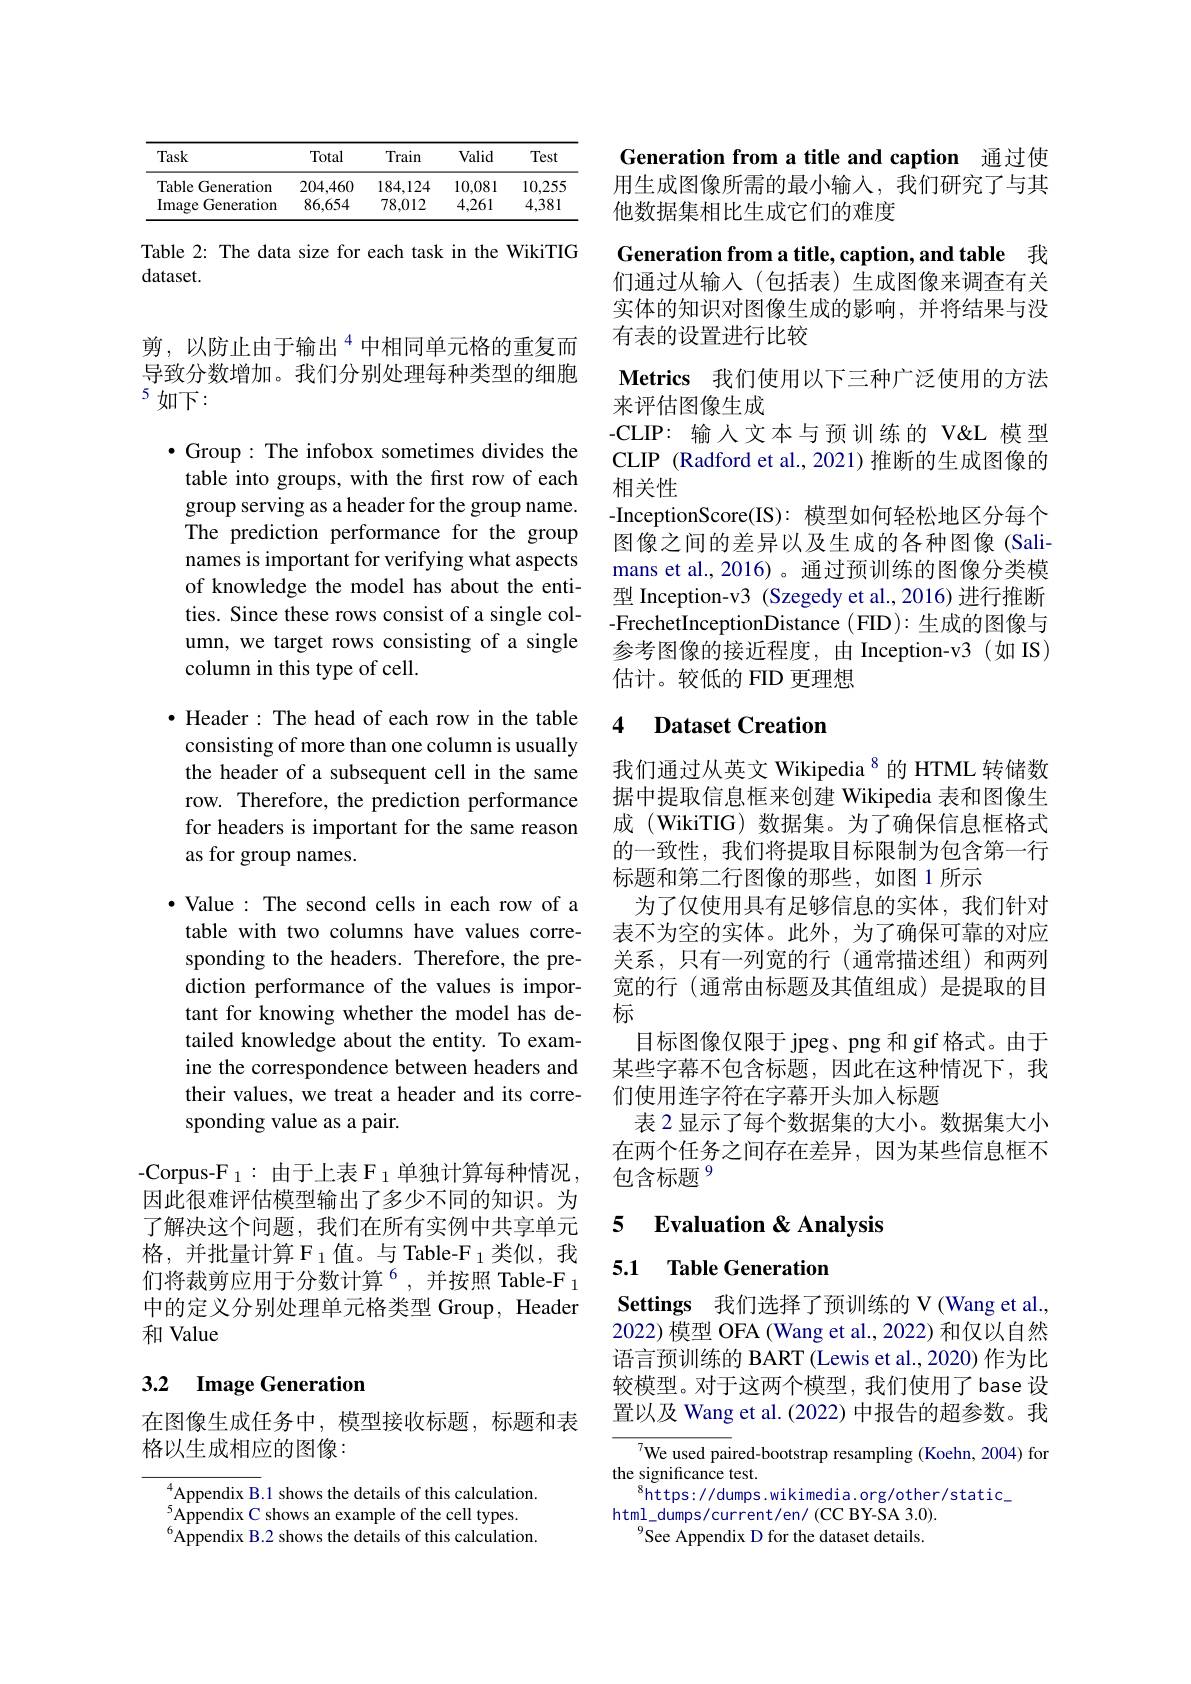
<table>
	<tbody>
		<tr>
			<th>Task</th>
			<th>Total</th>
			<th>Train</th>
			<th>Valid</th>
			<th>Test</th>
		</tr>
		<tr>
			<td>Table Generation</td>
			<td>204,460</td>
			<td>184,124</td>
			<td>10,081</td>
			<td>10,255</td>
		</tr>
		<tr>
			<td>Image ${\mathrm{e~Generation}}$</td>
			<td>86,654</td>
			<td>78,012</td>
			<td>4,261</td>
			<td>4,381</td>
		</tr>
	</tbody>
</table>

Table 2: The data size for each task in the WikiTIG
dataset.

剪，以防止由于输出$^{4}$中相同单元格的重复而导致分数增加。我们分别处理每种类型的细胞5如下：

$\bullet$ Group: The infobox sometimes divides the table into groups, with the first row of each group serving as a header for the group name. The prediction performance for the group names is important for verifying what aspects of knowledge the model has about the entities. Since these rows consist of a single column, we target rows consisting of a single column in this type of cell.

$\bullet$ Header: The head of each row in the table consisting of more than one column is usually the header of a subsequent cell in the same row. Therefore, the prediction performance for headers is important for the same reason as for group names.

$\cdot$ Value : The second cells in each row of a table with two columns have values corresponding to the headers. Therefore, the prediction performance of the values is important for knowing whether the model has detailed knowledge about the entity. To examine the correspondence between headers and their values, we treat a header and its corresponding value as a pair.

$\mathrm{-Corpus-F}_{1}:$由于上表$\mathcal{F}_1$单独计算每种情况， 因此很难评估模型输出了多少不同的知识。为了解决这个问题，我们在所有实例中共享单元格，并批量计算 F 1值。与 Table-F 1类似，我们将裁剪应用于分数计算$^6$,并按照 Table-F$_1$ 中的定义分别处理单元格类型 Group, Header 和 Value

## 3.2 Image Generation

在图像生成任务中，模型接收标题，标题和表
格以生成相应的图像：

Appendix B. 1 shows the details of this calculation. $^{5}$Appendix C shows an example of the cell types. $^{6}$Appendix B.2 shows the details of this calculation.

Generation from a title and caption 通过使用生成图像所需的最小输入，我们研究了与其他数据集相比生成它们的难度

Generation from a title, caption, and table 我

们通过从输入(包括表)生成图像来调查有关实体的知识对图像生成的影响，并将结果与没有表的设置进行比较

Metrics 我们使用以下三种广泛使用的方法
来评估图像生成
-CLIP: 输入文本与预训练的 V& 模型CLIP (Radford et al., 2021)推断的生成图像的相关性
-InceptionScore(IS): 模型如何轻松地区分每个图像之间的差异以及生成的各种图像(Salimans et al., 2016)。通过预训练的图像分类模型 Inception-v3 (Szegedy et al.,2016) 进行推断-FrechetInceptionDistance (FID): 生成的图像与参考图像的接近程度，由 Inception-v3(如 IS) 估计。较低的 FID 更理想

### 4 Dataset Creation

我们通过从英文 Wikipedia$^{8}$的 HTML 转储数据中提取信息框来创建 Wikipedia 表和图像生成 (WikiTIG)数据集。为了确保信息框格式的一致性，我们将提取目标限制为包含第一行标题和第二行图像的那些，如图 1 所示
为了仅使用具有足够信息的实体，我们针对表不为空的实体。此外，为了确保可靠的对应关系，只有一列宽的行(通常描述组)和两列宽的行(通常由标题及其值组成)是提取的目标
目标图像仅限于 jpeg、png 和 gif 格式。由于某些字幕不包含标题，因此在这种情况下，我们使用连字符在字幕开头加入标题
表 2 显示了每个数据集的大小。数据集大小在两个任务之间存在差异，因为某些信息框不包含标题$^{9}$

### 5 $\textbf{Evaluation }\&$ Analvsis

5.1 Table Generation

Settings 我们选择了预训练的 V(Wang et al., 2022) 模型 OFA (Wang et al., 2022) 和仅以自然语言预训练的 BART (Lewis et al., 2020) 作为比较模型。对于这两个模型，我们使用了 base 设置以及 Wang et al. (2022) 中报告的超参数。我

$^{7}$We used paired-bootstrap resampling (Koehn, 2004) for
the significance test.
$^{8}$https://dumps.wikimedia.org/other/static\_
html\_dumps/current/en/(CCBY-SA3.0).
See Appendix D for the dataset details.